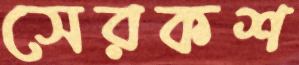
সেরকশ